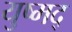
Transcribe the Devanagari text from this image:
युष्मद्